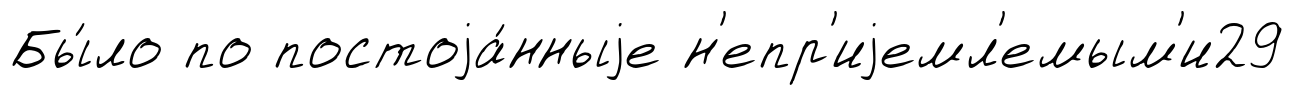
Бы́ло по постоjа́нныjе н'епр'иjемл'емым'и29